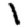
Digit: 1